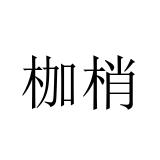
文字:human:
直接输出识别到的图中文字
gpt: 枷梢